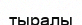
тыралы